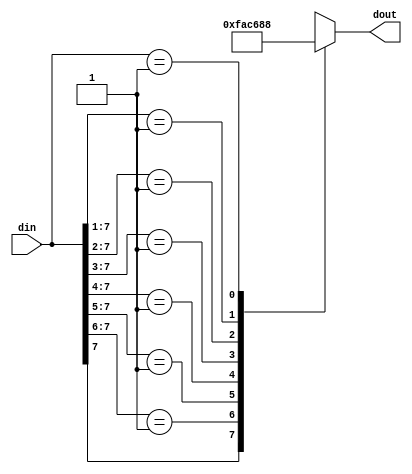
module encoder_casex(din, dout);
input   [7:0]   din;
output  [2:0]   dout;

function [2:0] enc;
input   [7:0]   din;
    casex (din)
        8'b1xxx_xxxx:   enc = 3'h7;
        8'b01xx_xxxx:   enc = 3'h6;
        8'b001x_xxxx:   enc = 3'h5;
        8'b0001_xxxx:   enc = 3'h4;
        8'b0000_1xxx:   enc = 3'h3;
        8'b0000_01xx:   enc = 3'h2;
        8'b0000_001x:   enc = 3'h1;
        8'b0000_0001:   enc = 3'h0;
        default:        enc = 3'hx;
    endcase
endfunction

assign dout = enc(din);

endmodule